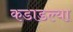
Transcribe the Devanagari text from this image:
कडाडल्या